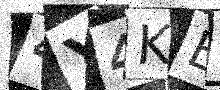
Text: 4Y4KE4